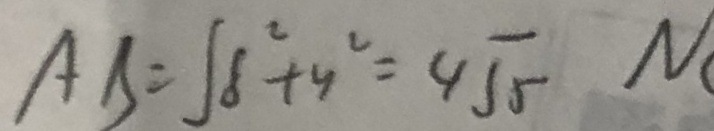
A B = \int 8 ^ { 2 } + y ^ { 2 } = 4 \sqrt { 5 } N